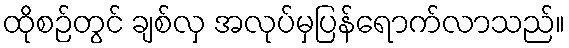
ထိုစဉ်တွင် ချစ်လှ အလုပ်မှပြန်ရောက်လာသည်။